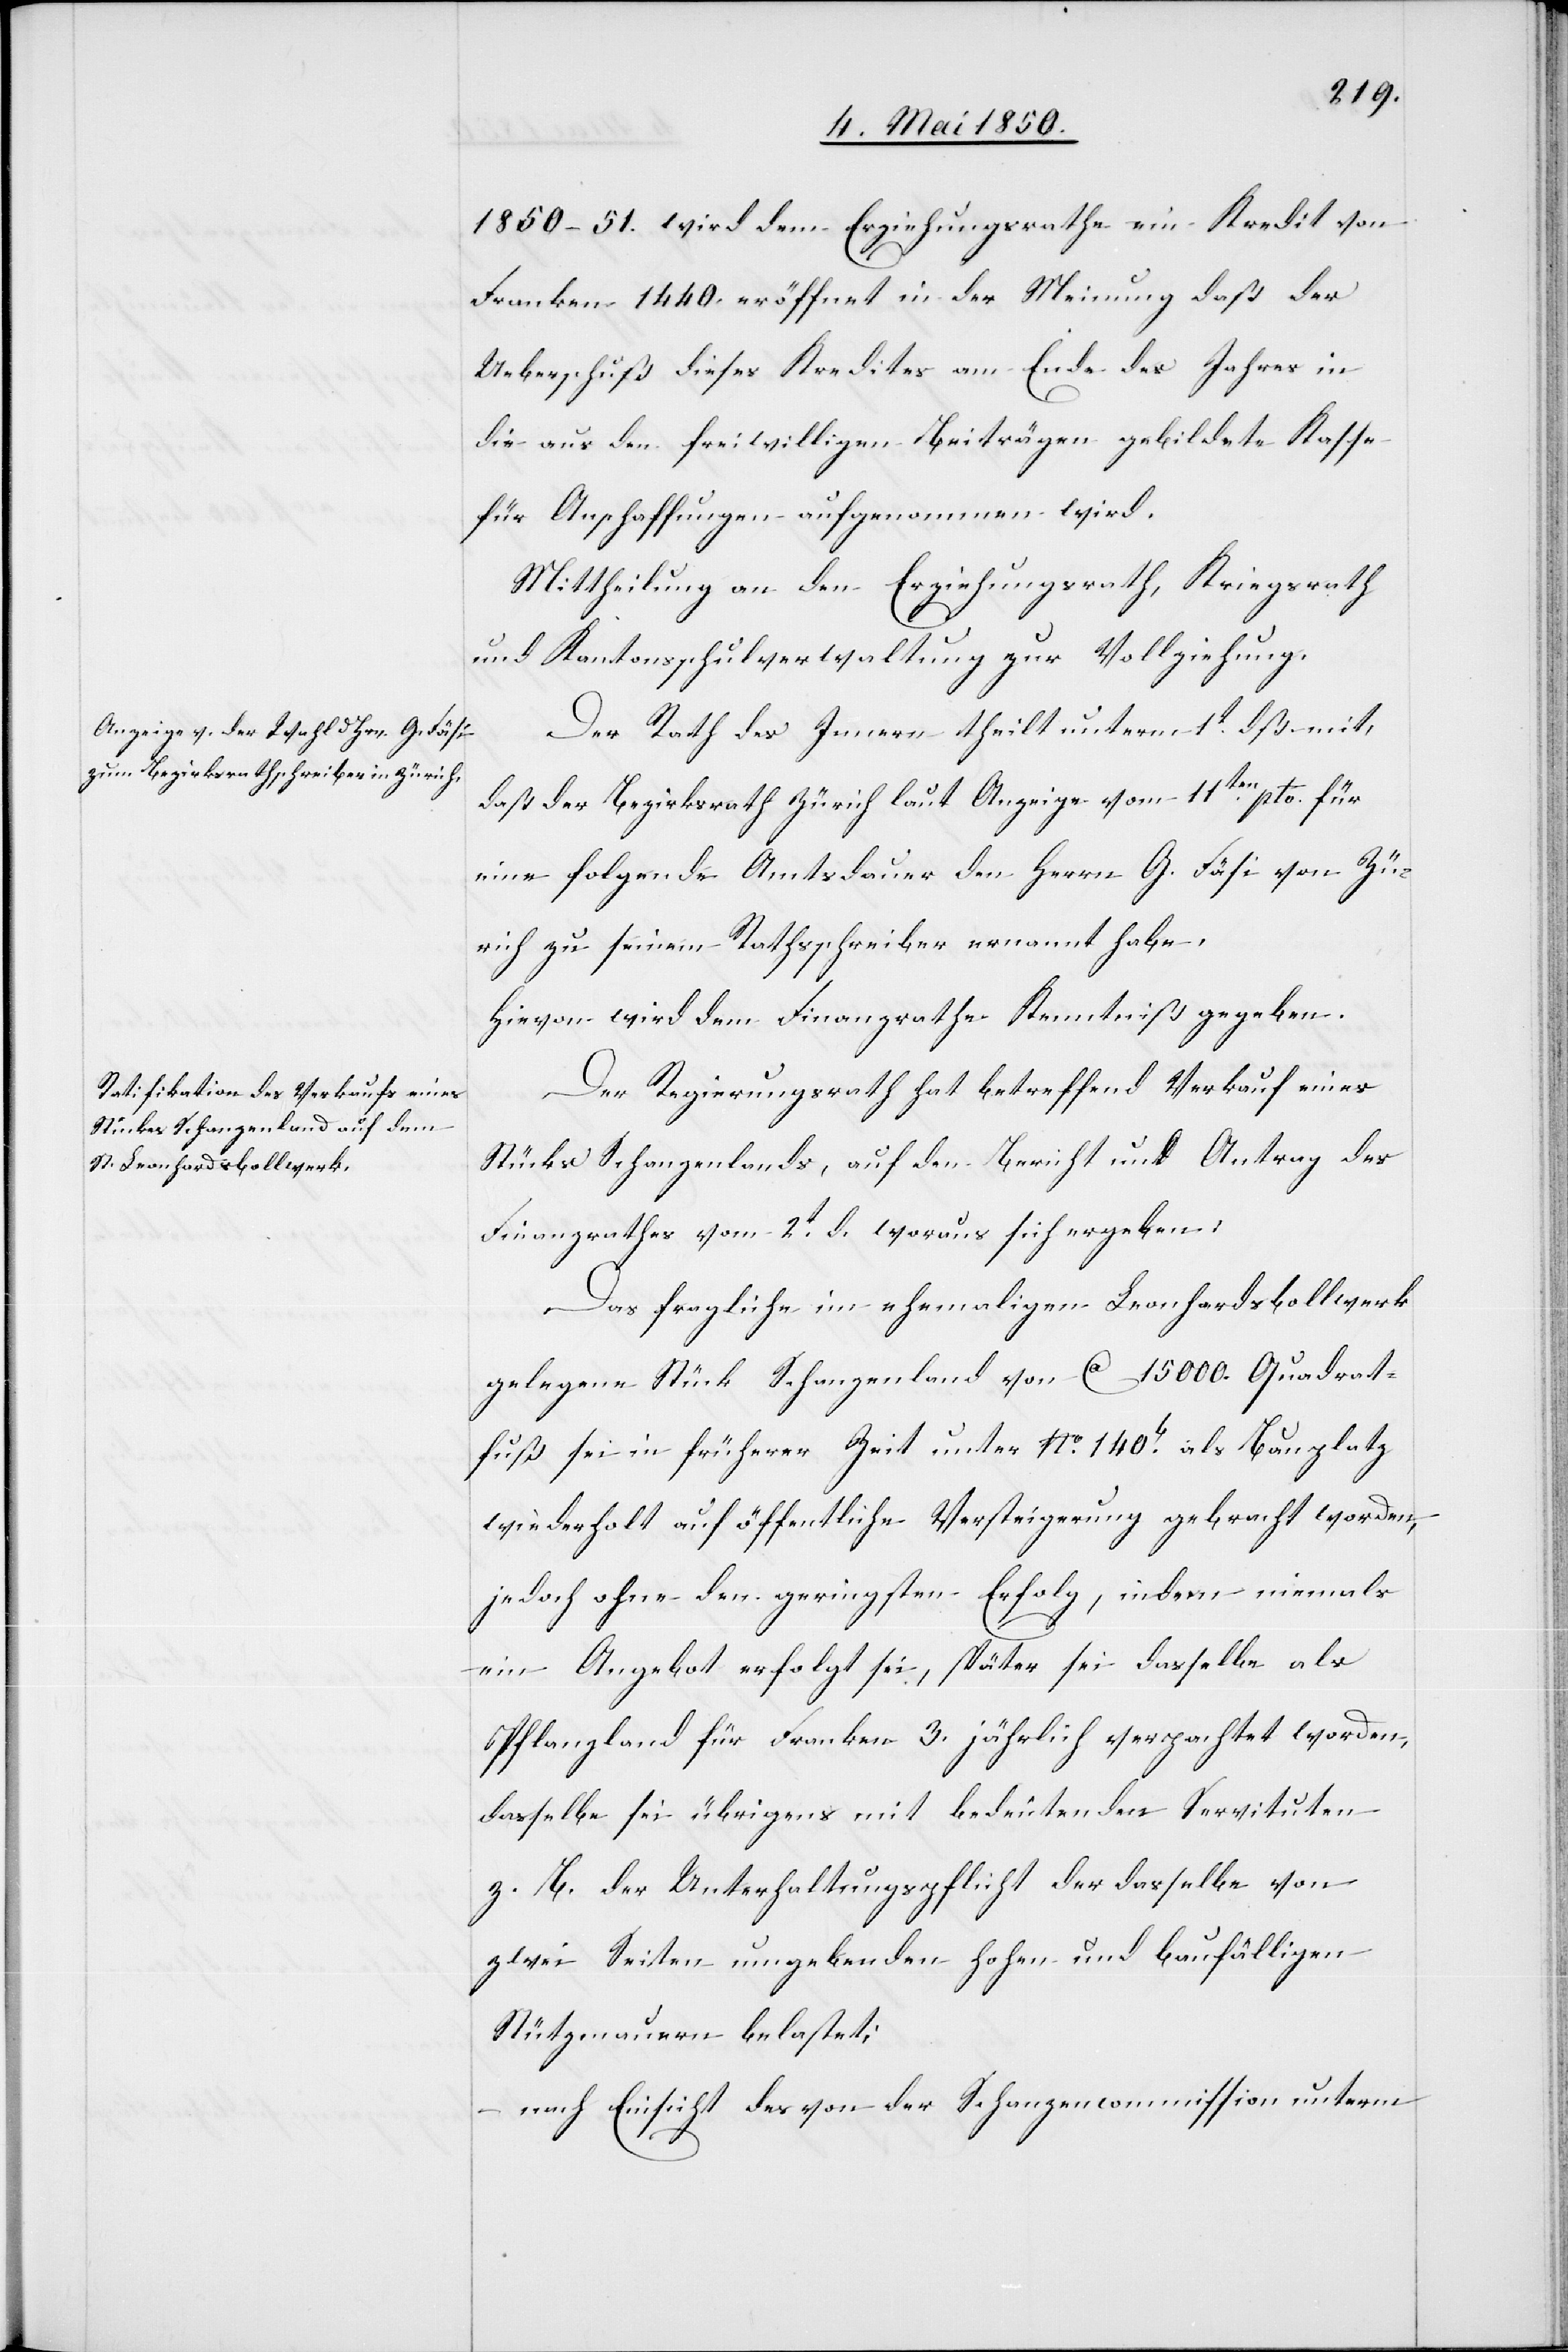
1850–51. wird dem Erziehungsrathe ein Kredit von
Franken 1440. eröffnet in der Meinung daß der
Ueberschuß dieses Kredites am Ende des Jahres in
die aus den freiwilligen Beiträgen gebildete Kasse
für Anschaffungen aufgenommen wird.
Mittheilung an den Erziehungsrath, Kriegsrath
und Kantonsschulverwaltung zur Vollziehung.
Der Rath des Innern theilt unterm 1t dieß mit,
daß der Bezirksrath Zürich laut Anzeige vom 11ten pto. für
eine folgende Amtsdauer den Herrn G. Fäsi von Zü¬
rich zu seinem Rathsschreiber ernannt habe.
Hievon wird dem Finanzrathe Kenntniß gegeben.
Der Regierungsrath hat betreffend Verkauf eines
Stücks Schanzenlands, auf den Bericht und Antrag des
Finanzrathes vom 2t d. woraus sich ergeben:
Das fragliche im ehemaligen Leonhardsbollwerk
gelegene Stück Schanzenland von Ca 15000. Quadrat¬
fuß sei in früherer Zeit unter No. 140b als Bauplatz
wiederholt auf öffentliche Versteigerung gebracht worden,
jedoch ohne den geringsten Erfolg, indem niemals
ein Angebot erfolgt sei, später sei dasselbe als
Pflanzland für Franken 3. jährlich verpachtet worden,
dasselbe sei übrigens mit bedeutenden Servituten
z. B. der Unterhaltungspflicht der dasselbe von
zwei Seiten umgebenden hohen und baufälligen
Stützmauern belastet;
nach Einsicht des von der Schanzencommission unterm